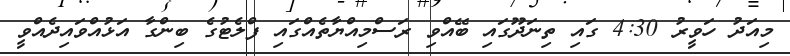
މިއަދު ހަވީރު 4:30 ގައި ތިނަދޫގައި ބޭއްވި ރަސްމިއްޔާތެއްގައި ފްލެޓުގެ ބިންގާ އަޅުއްވައިދެއްވީ